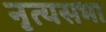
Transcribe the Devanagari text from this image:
नृत्यसभा